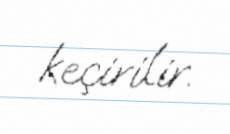
keçirilir.